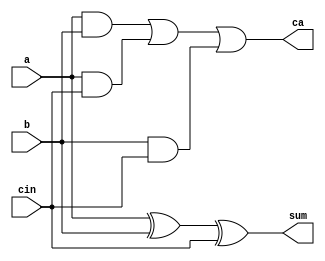
module onebitfulladder (a,b,cin,sum,ca);
input a,b,cin;
output sum,ca;

assign sum = a ^ b ^ cin;
assign ca=(a & b) | (a & cin) | (b & cin);
endmodule